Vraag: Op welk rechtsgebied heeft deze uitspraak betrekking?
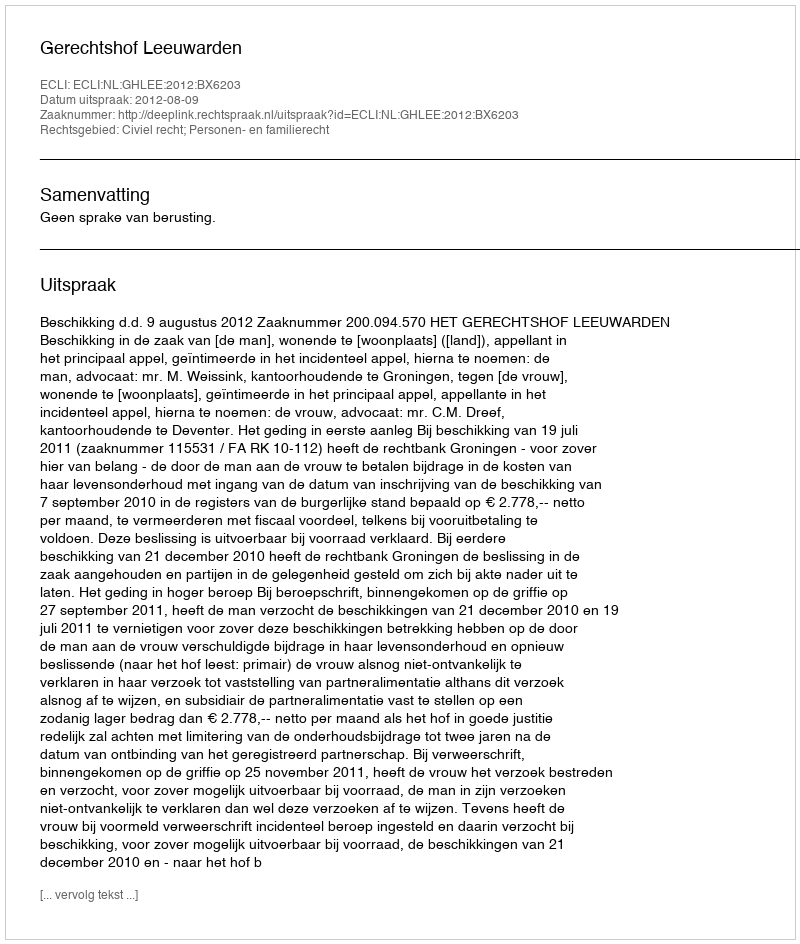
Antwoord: Civiel recht; Personen- en familierecht